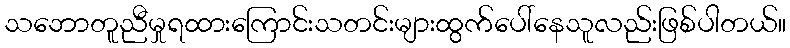
သဘောတူညီမှုရထားကြောင်းသတင်းများထွက်ပေါ်နေသူလည်းဖြစ်ပါတယ်။